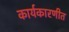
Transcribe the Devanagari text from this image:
कार्यकारणीत